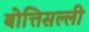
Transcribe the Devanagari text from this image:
बोत्तिसल्ली